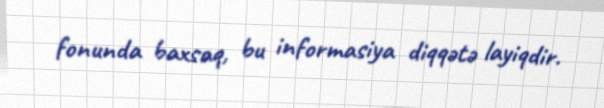
fonunda baxsaq, bu informasiya diqqətə layiqdir.